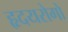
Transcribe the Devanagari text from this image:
हृदयरोगो